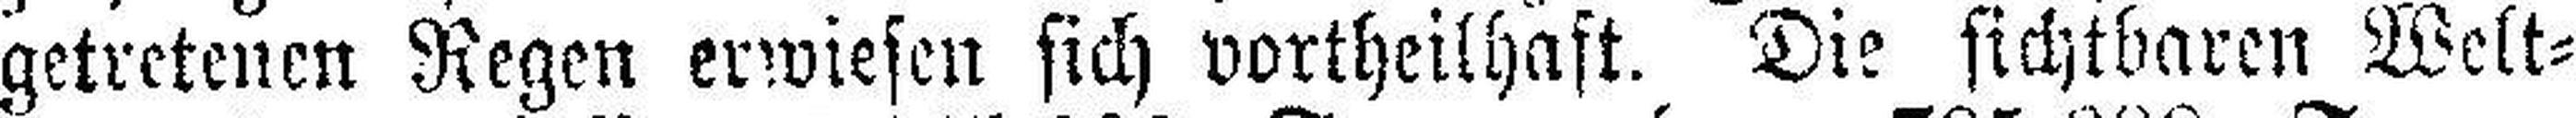
getretenen Regen erwiesen sich vortheilhaft. Die sichtbaren Welt¬